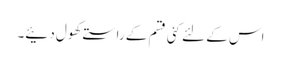
اس کے لئے کئی قسم کے راستے کھول دئیے۔